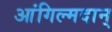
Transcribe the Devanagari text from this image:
आंगिल्मदान्